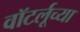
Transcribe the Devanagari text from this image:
वॉटर्लूच्या